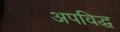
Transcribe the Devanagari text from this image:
अपविद्ध